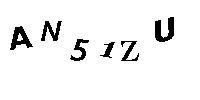
AN51ZU